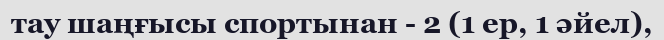
тау шаңғысы спортынан - 2 (1 ер, 1 әйел),